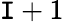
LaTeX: \mathtt{I}+1